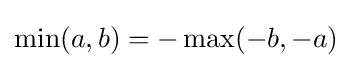
\min(a,b)=-\max(-b,-a)